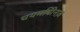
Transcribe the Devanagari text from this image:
चयमपीिनज़